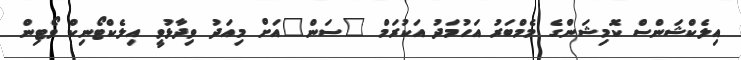
އިލެކްޝަންސް ކޮމިޝަންގެ މެމްބަރު އަހުމަދު އަކުރަމް "ސަން"އަށް މިއަދު ވިދާޅުވީ އިލެކްޓޯނިކް ވޯޓިން